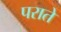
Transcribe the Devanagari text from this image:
पराते